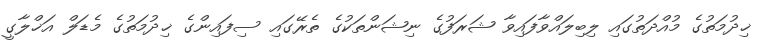
ޚިދުމަތުގެ މުއްދަތުގައި ލިބިލައްވާފައިވާ ޝަރަފުގެ ނިޝަންތަކުގެ ތެރޭގައި ސިފައިންގެ ޚިދުމަތުގެ މެޑަލް އަޚްލާގީ